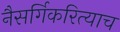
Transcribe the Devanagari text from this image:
नैसर्गिकरित्याच